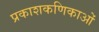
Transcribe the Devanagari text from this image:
प्रकाशकणिकाओं